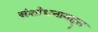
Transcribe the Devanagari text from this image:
संशोधनाबद्द्ल